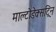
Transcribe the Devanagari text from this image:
माल्टोडेक्सट्रिन